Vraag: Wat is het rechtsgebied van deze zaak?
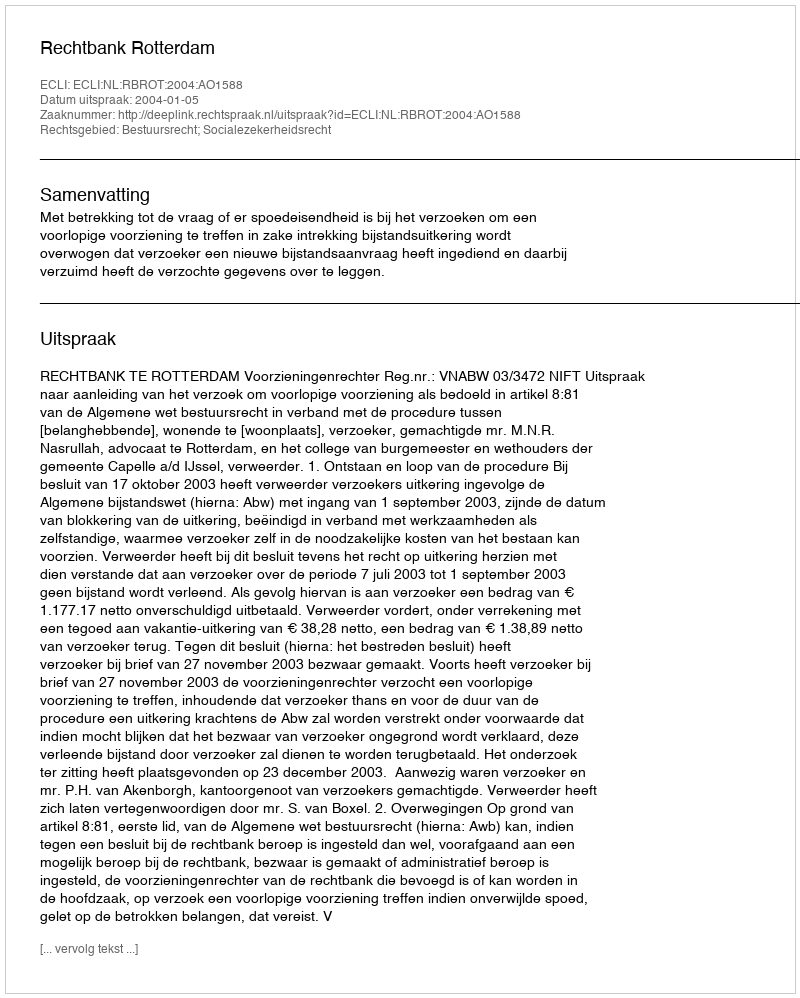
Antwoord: Bestuursrecht; Socialezekerheidsrecht